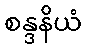
စန္ဒနိယံ